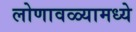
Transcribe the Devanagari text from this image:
लोणावळ्यामध्ये